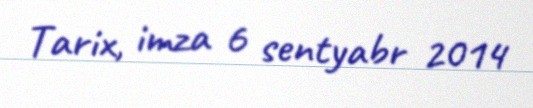
Tarix, imza 6 sentyabr 2014